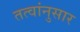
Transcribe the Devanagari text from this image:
तत्वांनुसार